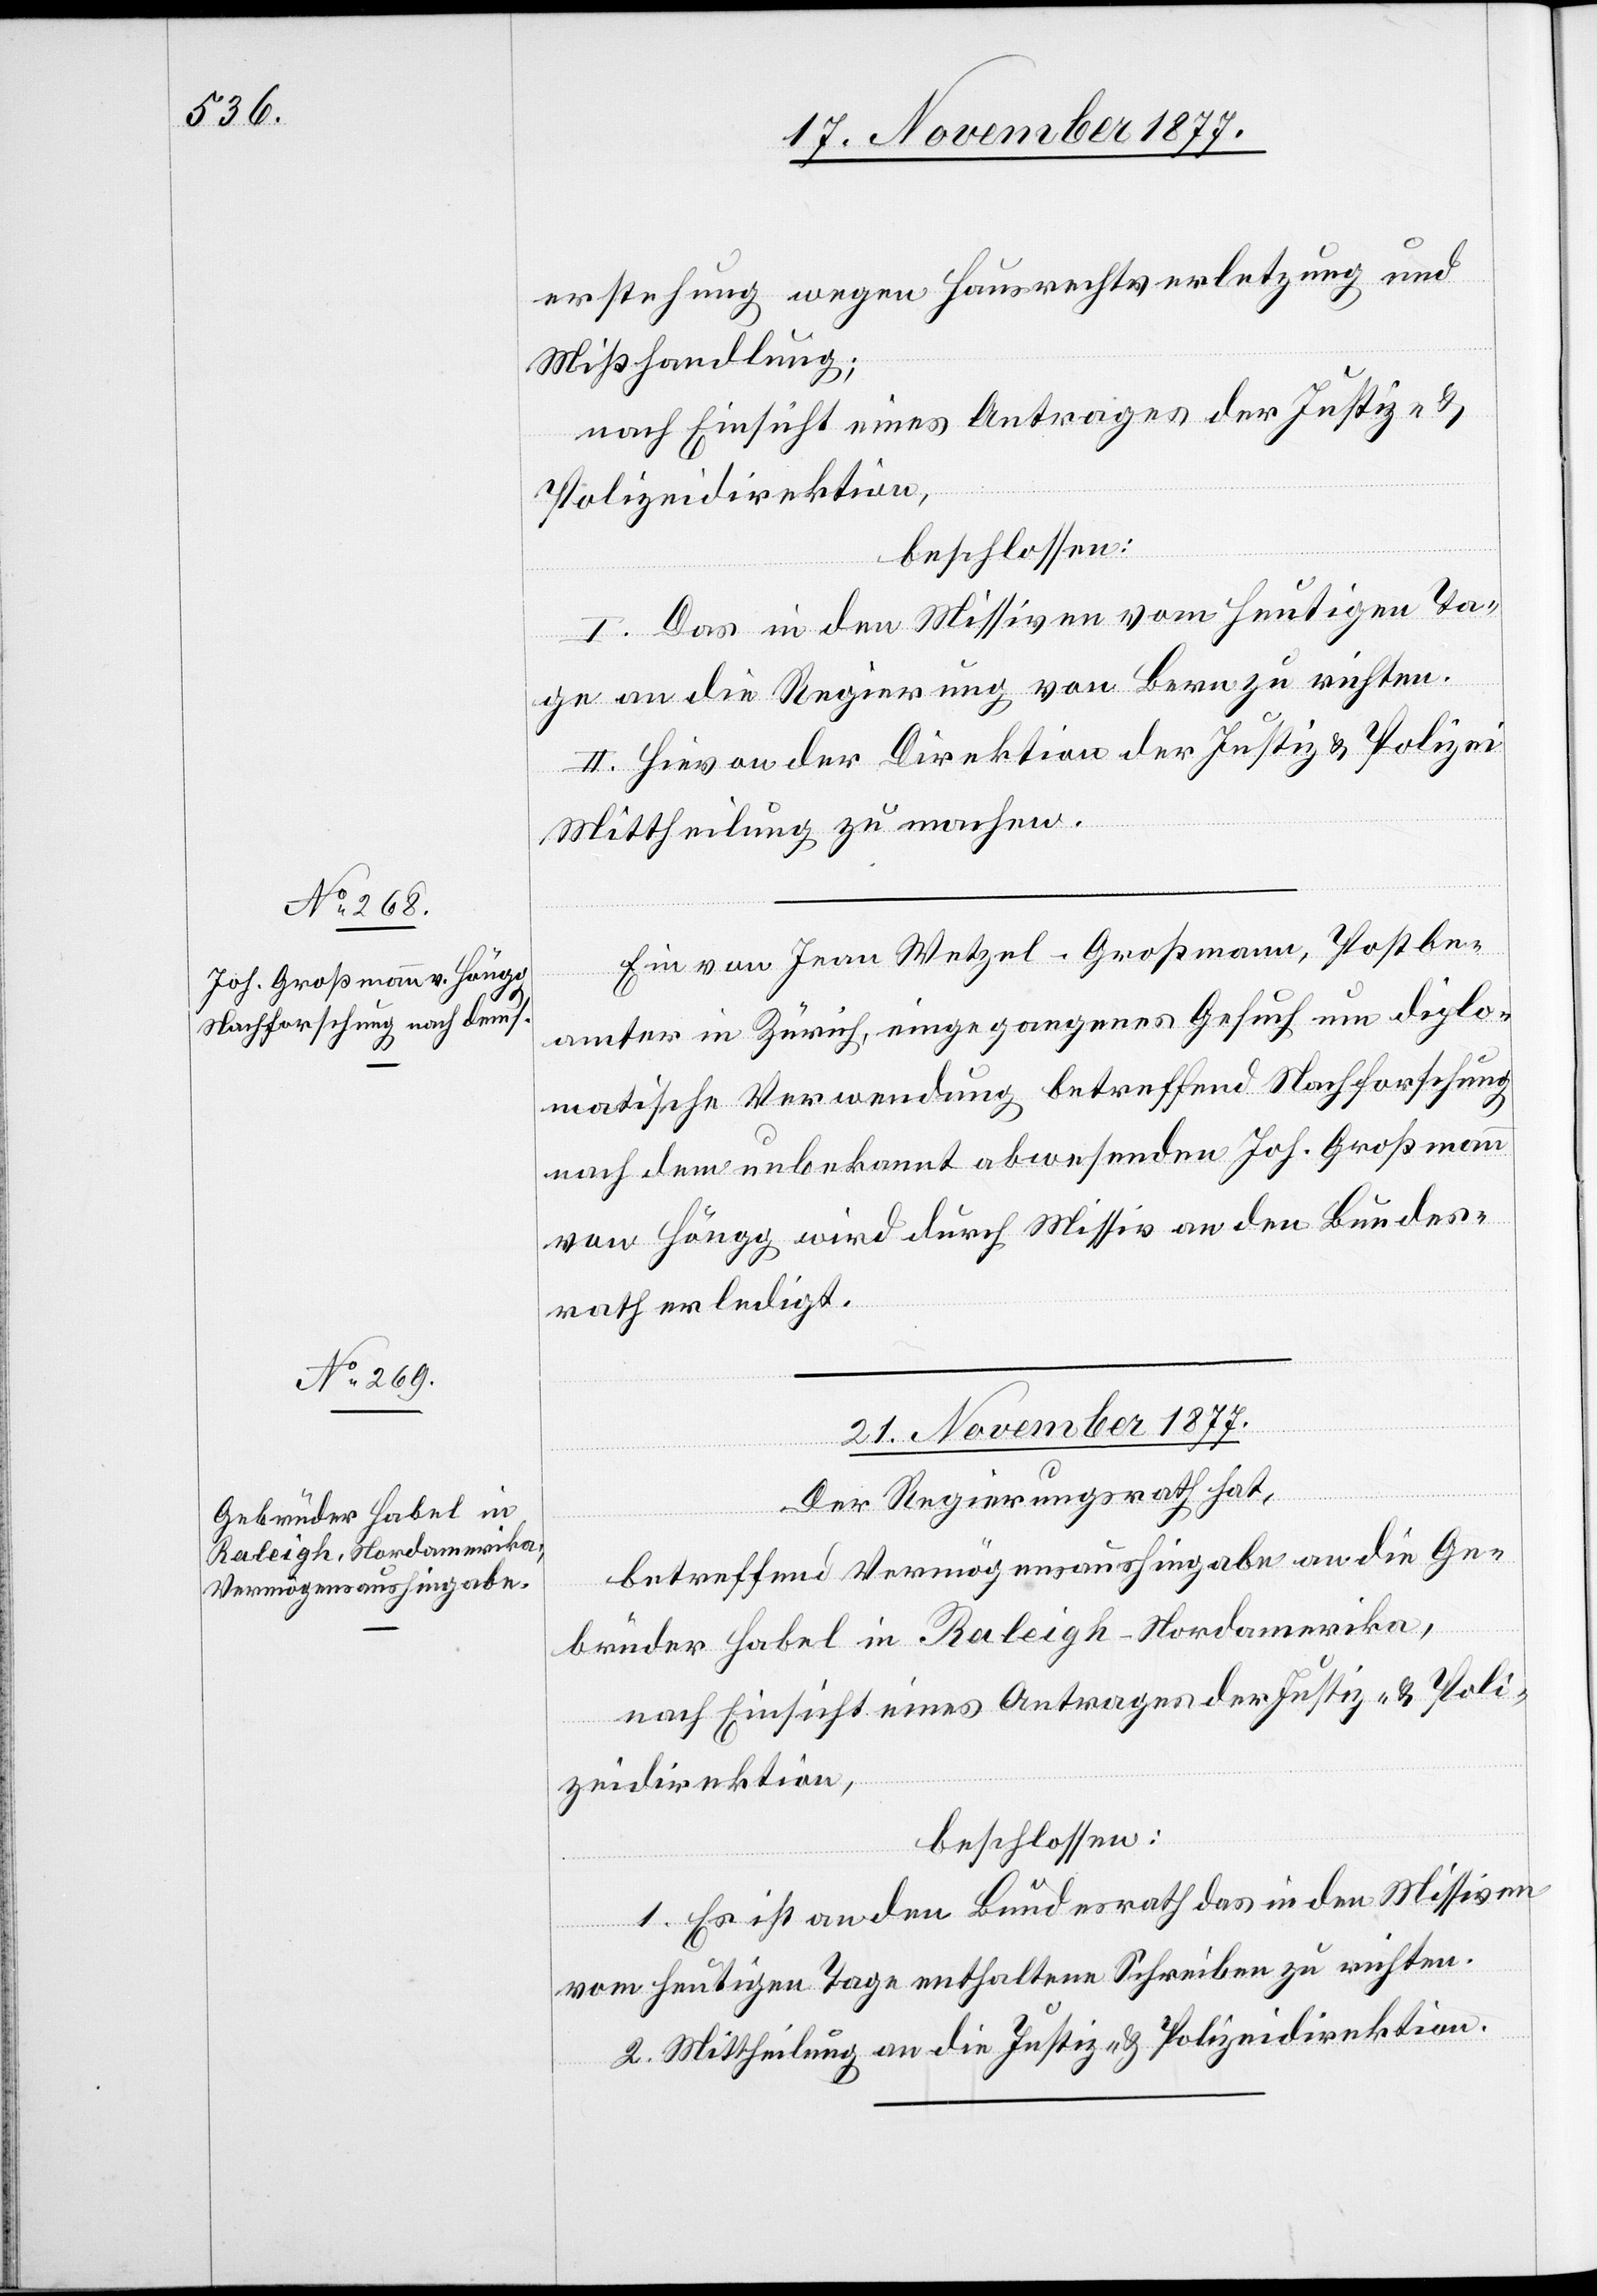
erstehung wegen Hausrechtverletzung und
Mißhandlung;
nach Einsicht eines Antrages der Justiz- &
Polizeidirektion,
beschlossen:
I. Das in den Missiven vom heutigen Ta¬
en] an die Regierung von Bern zu richten.
II. Hievon der Direktion der Justiz & Polizei
Mittheilung zu machen.
Ein von Jean Wetzel-Großmann, Postbe¬
amter in Zürich, eingegangenes Gesuch um diplo¬
matische Verwendung betreffend Nachforschung
nach dem unbekannt abwesenden Joh. Großmann
von Höngg wird durch Missiv an den Bundes¬
rath erledigt.
21. November 1877.
Der Regierungsrath hat,
ge
betreffend Vermögensaushingabe an die Ge¬
brüder Habel in Raleigh - Nordamerika,
beschlossen:
1. Es ist an den Bundesrath das in den Missiven
Schreib¬
vom heutigen Tage enthaltene Schreiben zu richten.
2. Mittheilung an die Justiz- & Polizeidirektion.